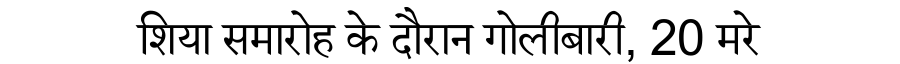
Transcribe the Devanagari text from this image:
शिया समारोह के दौरान गोलीबारी, 20 मरे